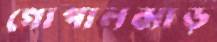
গোপালঝাড়